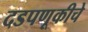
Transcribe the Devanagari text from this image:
दडपणूकीचे